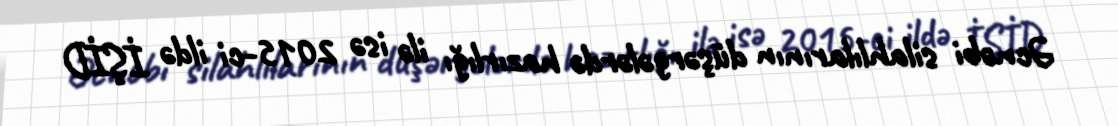
Əcnəbi silahlılarının düşərgələrdə hazırlığı ilə isə 2015-ci ildə İŞİD